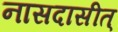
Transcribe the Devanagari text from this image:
नासदासीत्